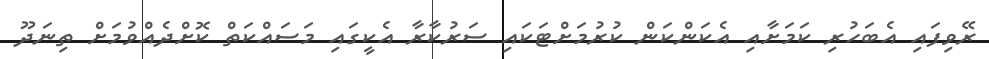
ރޭވިފައި އެބަހުރި ކަމަށާއި އެކަންކަން ކުރުމަށްޓަކައި ސަރުކާރާ އެކީގައި މަސައްކަތް ކޮށްދެއްވުމަށް ތިނަދޫ